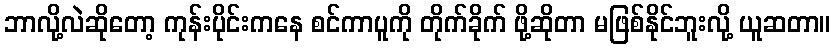
ဘာလို့လဲဆိုတော့ ကုန်းပိုင်းကနေ စင်ကာပူကို တိုက်ခိုက် ဖို့ဆိုတာ မဖြစ်နိုင်ဘူးလို့ ယူဆတာ။